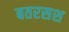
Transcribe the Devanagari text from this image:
बतरसश